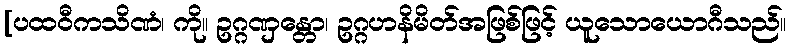
[ပထဝီကသိဏံ၊ ကို။ ဥဂ္ဂဏှန္တော၊ ဥဂ္ဂဟနိမိတ်အဖြစ်ဖြင့် ယူသောယောဂီသည်။